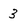
Character: 3